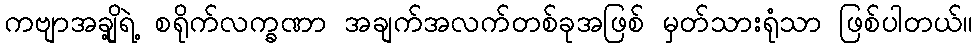
ကဗျာအချို့ရဲ့ စရိုက်လက္ခဏာ အချက်အလက်တစ်ခုအဖြစ် မှတ်သားရုံသာ ဖြစ်ပါတယ်။